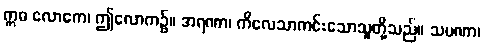
ဣဓ လောကေ၊ ဤလောက၌။ အရဏာ၊ ကိလေသာကင်းသောသူတို့သည်။ သမဏာ၊